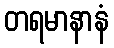
တရမာနာနံ